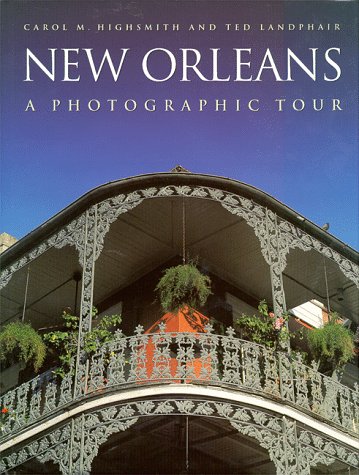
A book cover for New Orleans: A Photographic Tour (Photographic Tour (Random House)); Carol Highsmith; Travel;